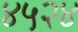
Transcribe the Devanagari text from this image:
४५२४